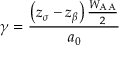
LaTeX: \gamma = { \frac { \left( z _ { \sigma } - z _ { \beta } \right) { \frac { W _ { \mathrm { A A } } } { 2 } } } { a _ { 0 } } }